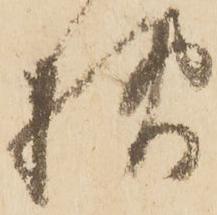
様